Leaving Certificate Examination, 1911. Written examination, 1911
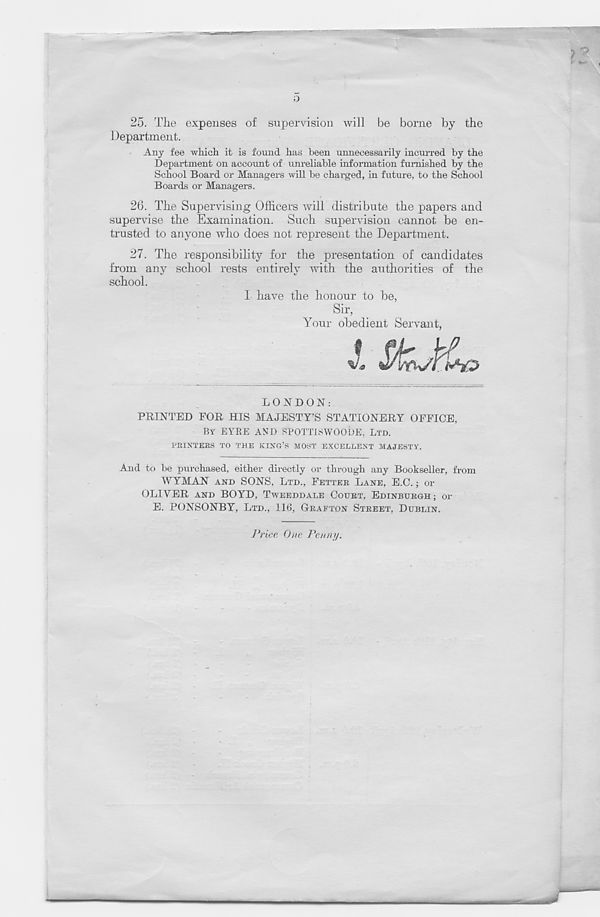
o
25. The expenses of supervision will be borne by the
Department.
Any fee which it is found has been unnecessarily incurred by the
Department on account of unreliable information furnished by the
School Board or Managers will be charged, in future, to the School
Boards or Managers.
26. The Supervising Officers will distribute the papers and
supervise the Examination. Such supervision cannot be en-
trusted to anyone who does not represent the Department.
27. The responsibility for the presentation of candidates
from any school rests entirely with the authorities of the
school.
I have the honour to be,
Sir,
Your obedient Servant,
LONDON:
PRINTED FOR HIS MAJESTY’S STATIONERY OFFICE.
BY EYRE AVI) SPOTTISWOODE, LTD.
PRINTERS TO THE KING’S MOST EXCELLENT MAJESTY.
And to be purchased, either directly or through any Bookseller, from
WYMAN AND SONS, LTD., FETTER LANE, E.C.; or
OLIVER AND BOYD, TWEEDDALE COURT. EDINBURGH; or
E. PONSONBY, LTD., 116, GRAFTON STREET, DUBLIN.
Price One Penny.